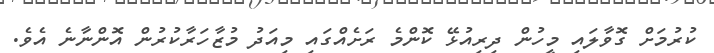
ކުރުމަށް ގޮވާލައި މީހުން ދިރިއުޅޭ ކޮންމެ ރަށެއްގައި މިއަދު މުޒާހަރާކުރުން އޮންނާނެ އެވެ.